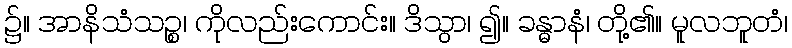
၌။ အာနိသံသဉ္စ၊ ကိုလည်းကောင်း။ ဒိသွာ၊ ၍။ ခန္ဓာနံ၊ တို့၏။ မူလဘူတံ၊